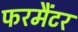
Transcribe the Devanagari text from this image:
फरमैंटर